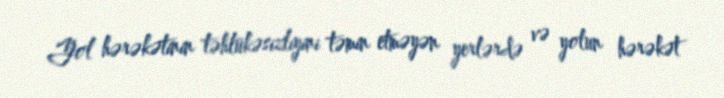
Yol hərəkətinin təhlükəsizliyini təmin etməyən yerlərdə və yolun hərəkət